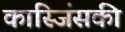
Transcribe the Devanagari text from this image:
कास्जिंसकी